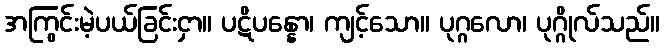
အကြွင်းမဲ့ပယ်ခြင်းငှာ။ ပဋိပန္နော၊ ကျင့်သော။ ပုဂ္ဂလော၊ ပုဂ္ဂိုလ်သည်။